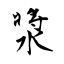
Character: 漿